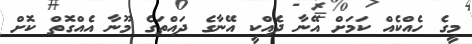
މީގެ ހެއްކެއް ކަމަށް އޭނާ ދެއްކީ އޭނާގެ ދައްތަގެ މޫނާ އެއްގޮތް ކޮށް